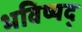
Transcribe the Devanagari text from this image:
भविष्यद्